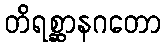
တိရစ္ဆာနဂတော